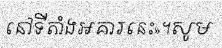
នៅទីតាំងអគារនេះ»។សូម